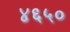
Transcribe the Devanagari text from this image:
४६५०